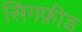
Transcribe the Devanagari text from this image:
सिगफ्रीड